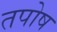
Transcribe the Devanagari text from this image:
तपोष